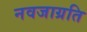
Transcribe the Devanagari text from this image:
नवजाग्रति